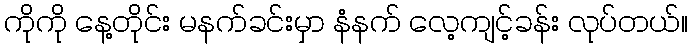
ကိုကို နေ့တိုင်း မနက်ခင်းမှာ နံနက် လေ့ကျင့်ခန်း လုပ်တယ်။